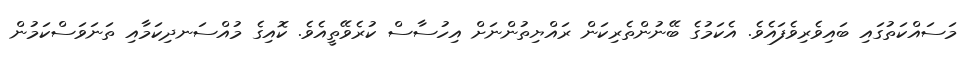
މަސައްކަތުގައި ބައިވެރިވެފައެވެ. އެކަމުގެ ބޭނުންތެރިކަން ރައްޔިތުންނަށް އިހުސާސް ކުރެވޭތީއެވެ. ކޮއިގެ މުއްސަނދިކަމާއި ތަނަވަސްކަމުން